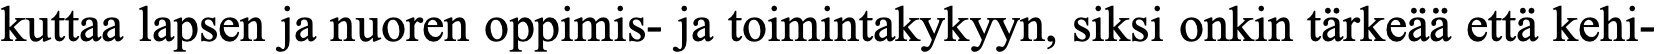
kuttaa lapsen ja nuoren oppimis- ja toimintakykyyn, siksi onkin tärkeää että kehi-